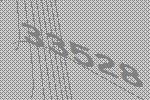
33528